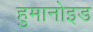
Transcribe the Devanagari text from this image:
हुमानोइड